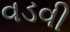
વડવી